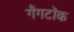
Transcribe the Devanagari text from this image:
गैंगटॉक